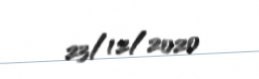
23/12/2020